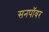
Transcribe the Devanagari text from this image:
सनपॉवर